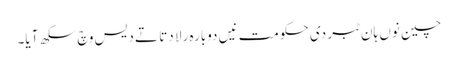
چین نوں ہان ٹبر دی حکومت نیں دوبارہ رلا دتا تے دیس وچ سکھ آیا۔